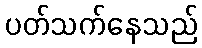
ပတ်သက်နေသည်